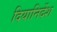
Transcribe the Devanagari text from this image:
दियानिर्देश